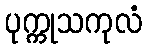
ပုက္ကုသကုလံ